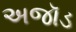
અજૉડ